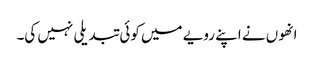
انھوں نے اپنے رویے میں کوئی تبدیلی نہیں کی۔